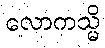
လောကသ္မိ